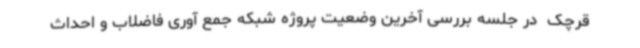
‌قرچک ‌ در ‌جلسه بررسی آخرین وضعیت پروژه شبکه جمع آوری فاضلاب و احداث